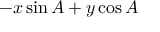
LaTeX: - x \sin A + y \cos A